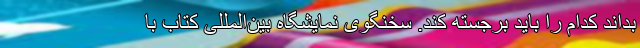
بداند کدام را باید برجسته کند. سخنگوی‌ نمایشگاه بین‌المللی کتاب با